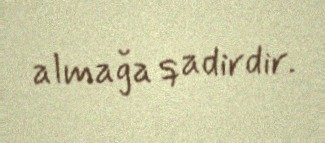
almağa qadirdir.